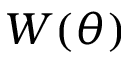
W ( \theta )